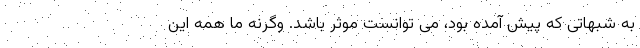
به شبهاتی که پیش آمده بود، می توانست موثر باشد. وگرنه ما همه این